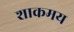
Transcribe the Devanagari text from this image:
शाकमय